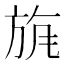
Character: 𣃲